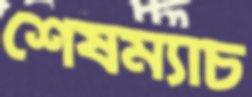
শেষম্যাচ